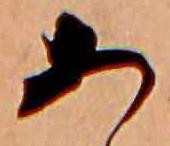
あ